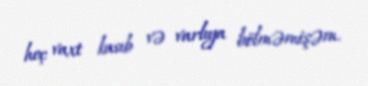
heç vaxt kasıb və varlıya bölməmişəm.